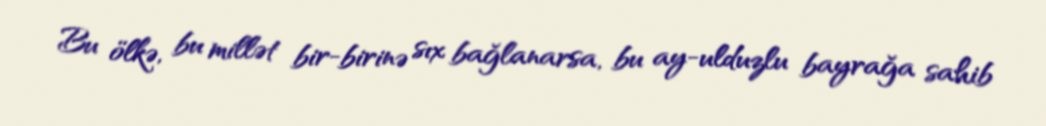
Bu ölkə, bu millət bir-birinə sıx bağlanarsa, bu ay-ulduzlu bayrağa sahib